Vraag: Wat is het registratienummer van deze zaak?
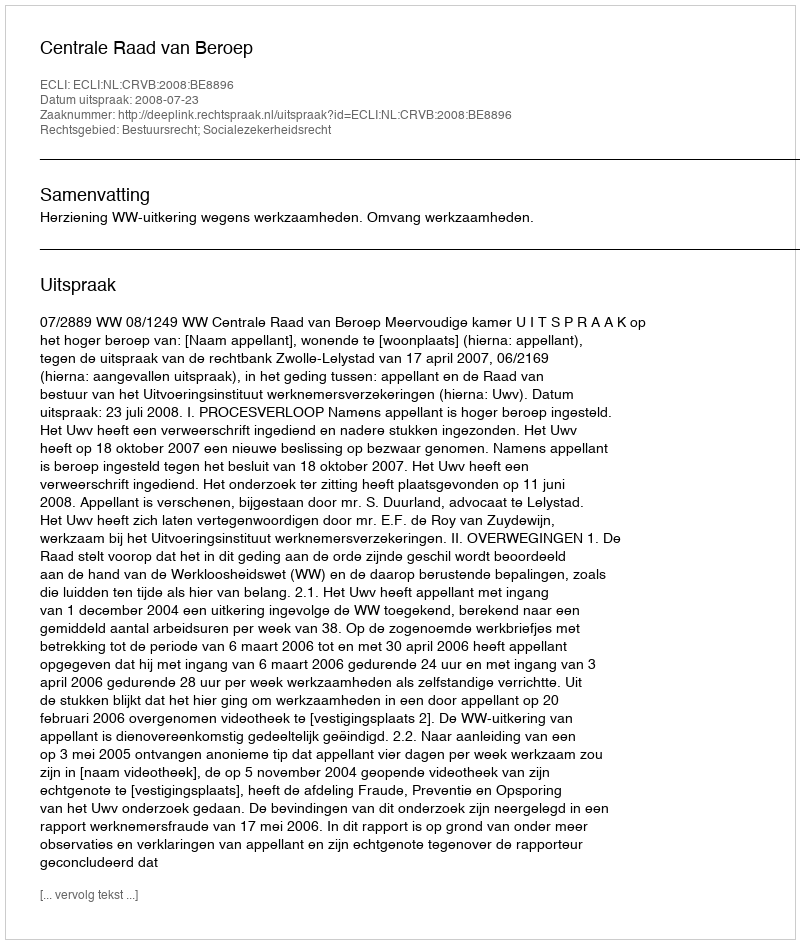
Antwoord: http://deeplink.rechtspraak.nl/uitspraak?id=ECLI:NL:CRVB:2008:BE8896